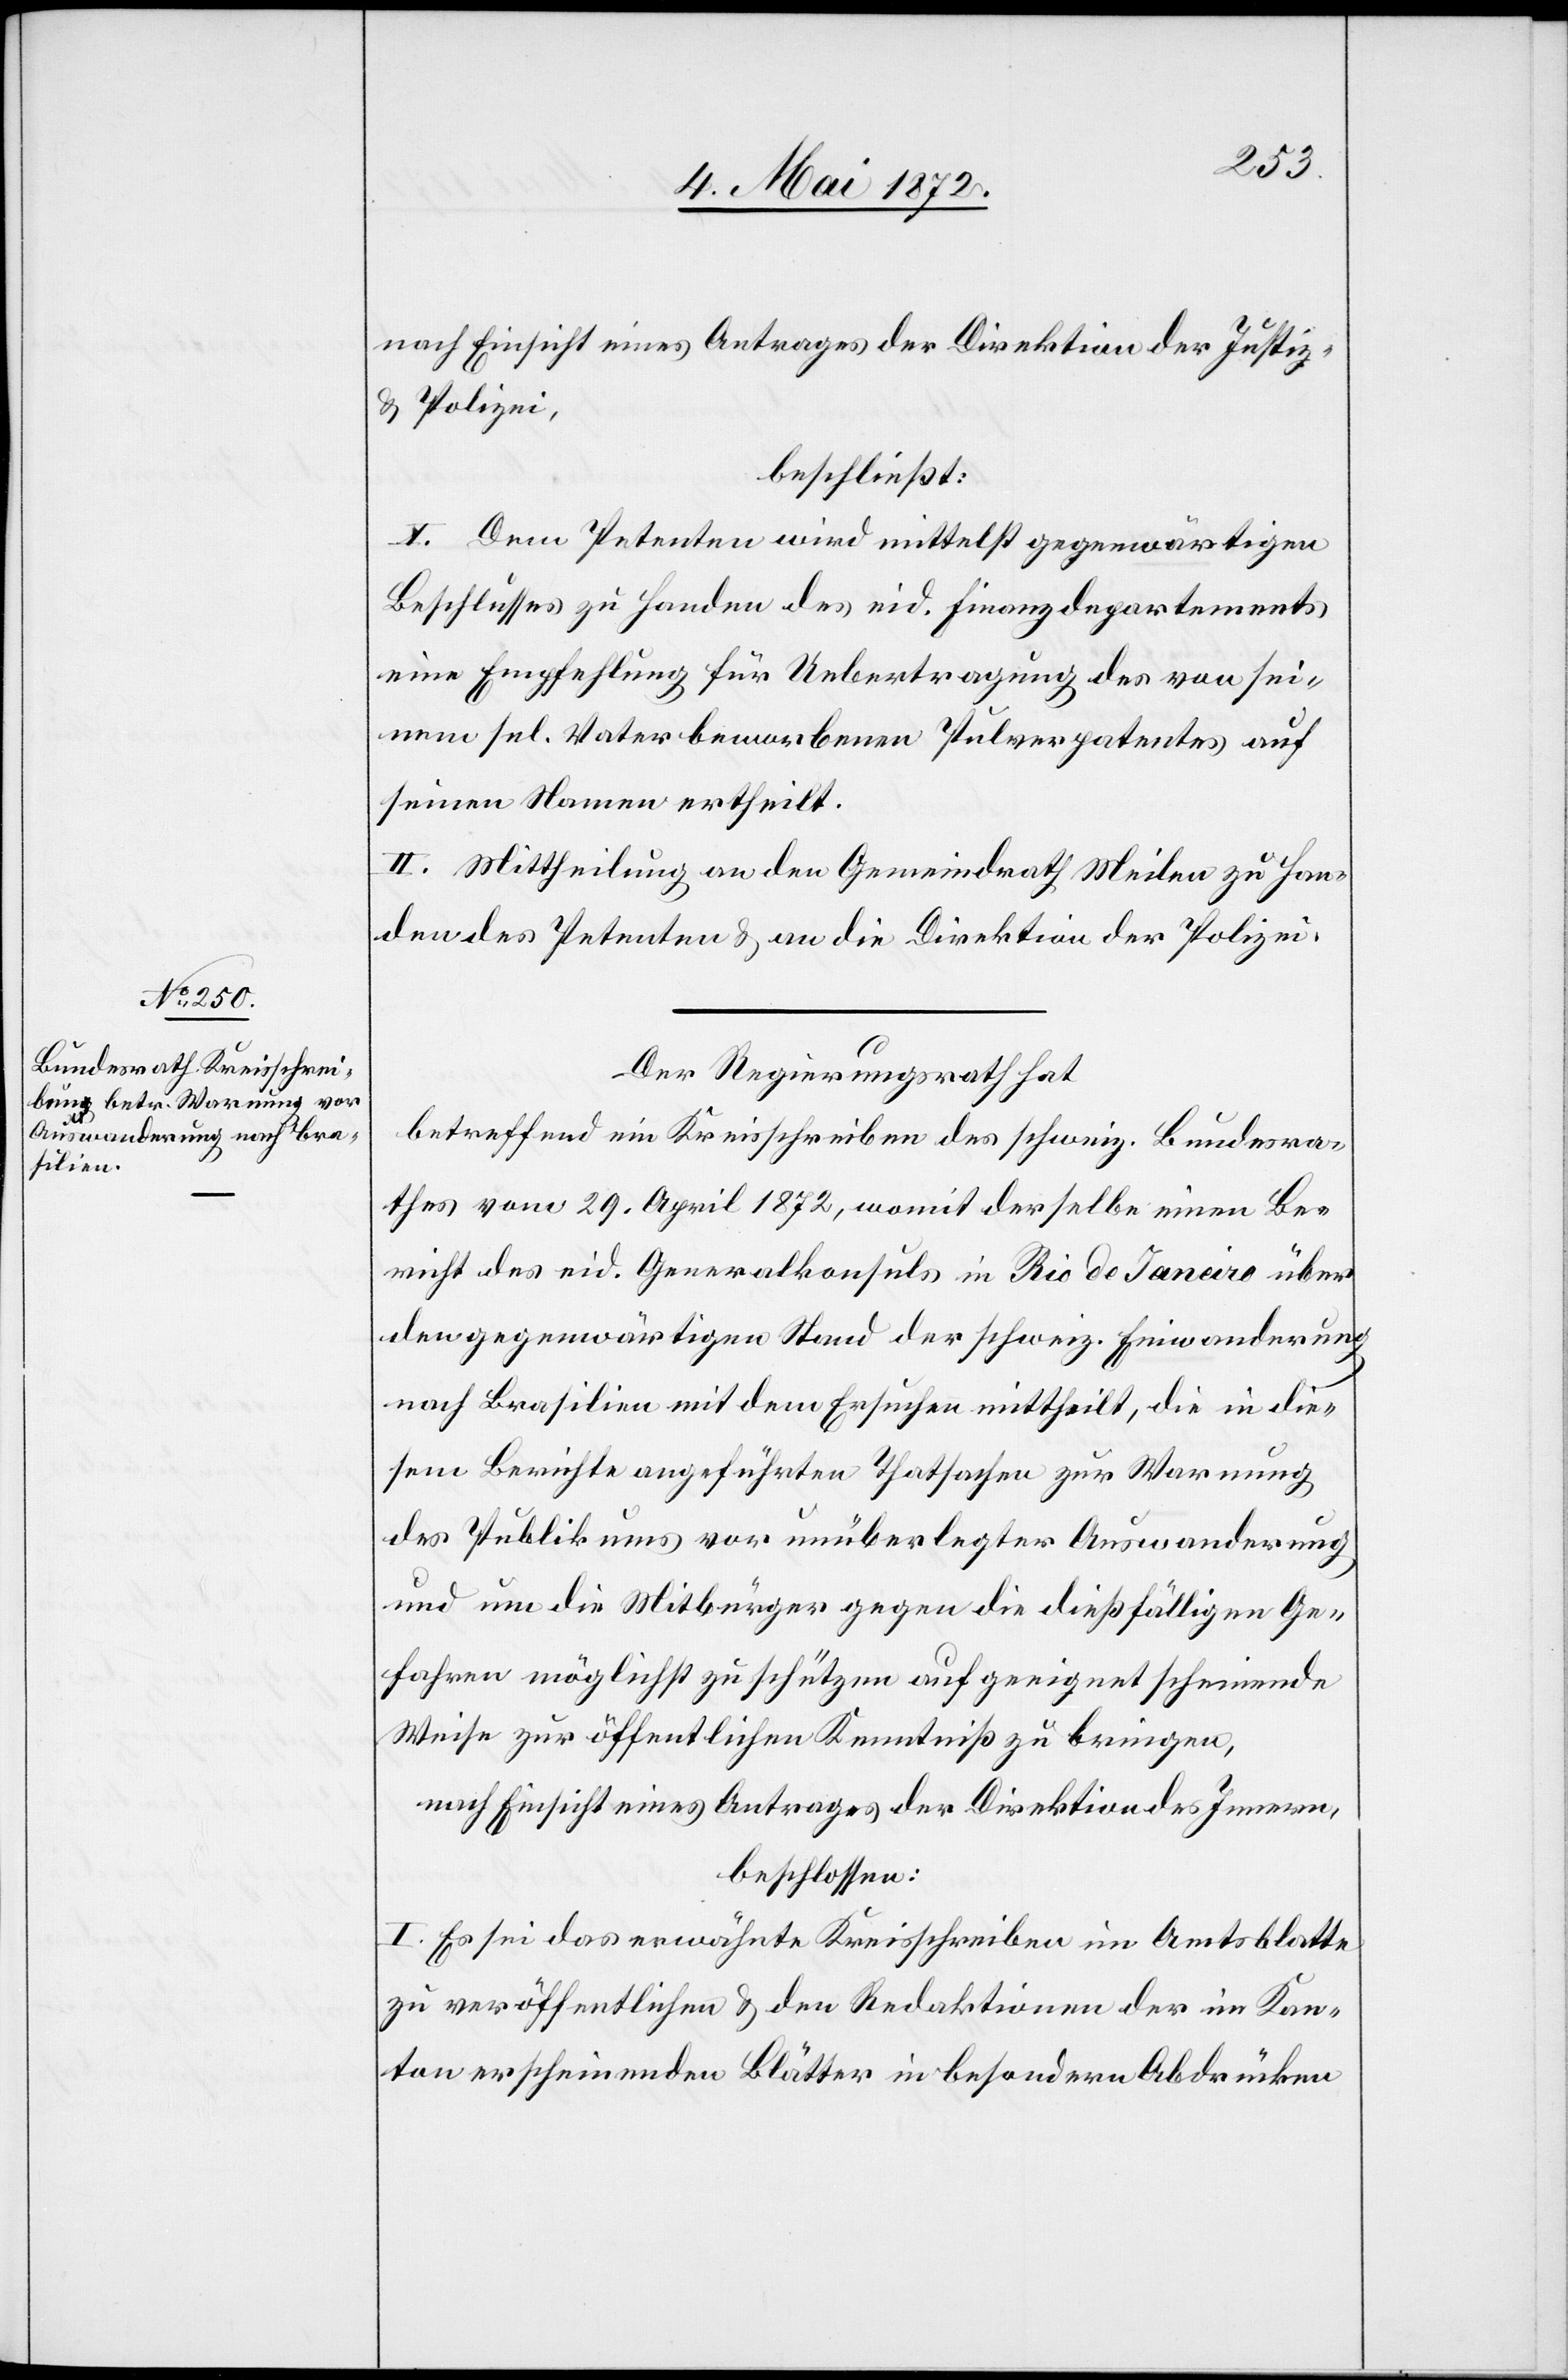
nach Einsicht eines Antrages der Direktion der Justiz
u. Polizei,
beschließt:
I. Dem Petenten wird mittelst gegenwärtigen
Beschlusses zu Handen des eid. Finanzdepartements
eine Empfehlung für Uebertragung des von sei¬
nem sel. Vater beworbenen Pulverpatentes auf
seinen Namen ertheilt.
II. Mittheilung an den Gemeindrath Meilen zu Han¬
den des Petenten u. an die Direktion der Polizei.
Der Regierungsrath hat
betreffend ein Kreisschreiben des schweiz. Bundesra¬
thes vom 29. April 1872, womit derselbe einen Be¬
richt des eid. Generalkonsuls in Rio de Janeiro über
den gegenwärtigen Stand der schweiz. Einwanderung
nach Brasilien mit dem Ersuchen mittheilt, die in die¬
sem Berichte angeführten Thatsachen zur Warnung
des Publikums vor unüberlegter Auswanderung
und um die Mitbürger gegen die dießfälligen Ge¬
fahren möglichst zu schützen auf geeignet scheinende
Weise zur öffentlichen Kenntniß zu bringen,
nach Einsicht eines Antrages der Direktion des Innern,
beschlossen:
I. Es sei das erwähnte Kreisschreiben im Amtsblatte
zu veröffentlichen u. den Redaktionen der im Kan¬
ton erscheinenden Blätter in besondern Abdrücken